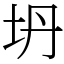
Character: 坍